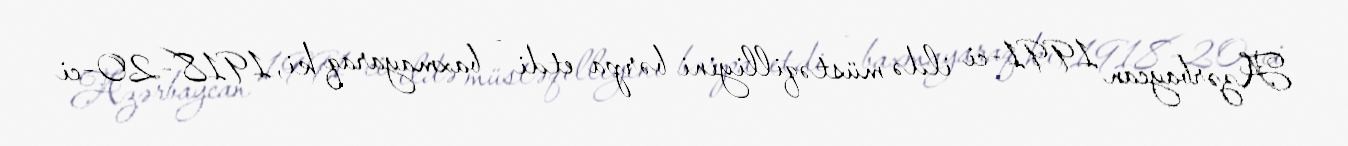
Azərbaycan 1991-ci ildə müstəqilliyini bərpa etdi - baxmayaraq ki, 1918-20-ci